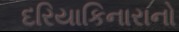
દરિયાકિનારાનો